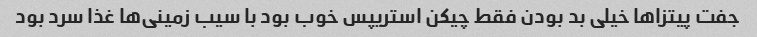
جفت پیتزا‌ها خیلی بد بودن فقط چیکن استریپس خوب بود با سیب زمینی‌ها غذا سرد بود